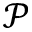
\mathcal { P }